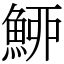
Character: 䱖